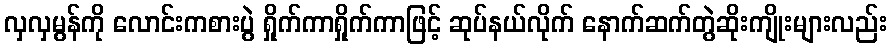
လှလှမွန်ကို လောင်းကစားပွဲ ရှိုက်ကာရှိုက်ကာဖြင့် ဆုပ်နယ်လိုက် နောက်ဆက်တွဲဆိုးကျိုးများလည်း